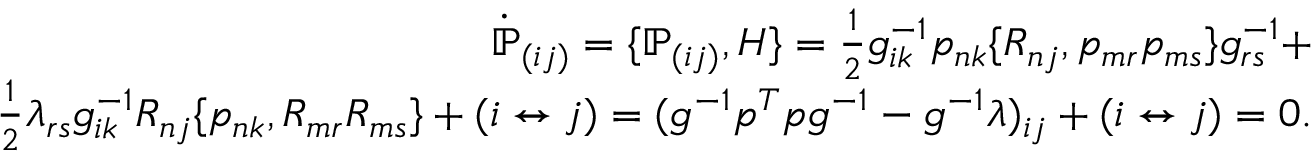
\begin{array} { r } { \dot { \mathbb P } _ { ( i j ) } = \{ { \mathbb P } _ { ( i j ) } , H \} = \frac 1 2 g _ { i k } ^ { - 1 } p _ { n k } \{ R _ { n j } , p _ { m r } p _ { m s } \} g _ { r s } ^ { - 1 } + } \\ { \frac 1 2 \lambda _ { r s } g _ { i k } ^ { - 1 } R _ { n j } \{ p _ { n k } , R _ { m r } R _ { m s } \} + ( i \leftrightarrow j ) = ( g ^ { - 1 } p ^ { T } p g ^ { - 1 } - g ^ { - 1 } \lambda ) _ { i j } + ( i \leftrightarrow j ) = 0 . } \end{array}